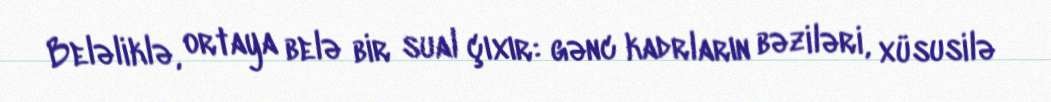
Beləliklə, ortaya belə bir sual çıxır: gənc kadrların bəziləri, xüsusilə